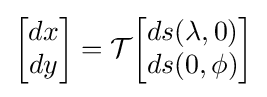
{\begin{bmatrix}dx\\dy\end{bmatrix}}={\mathcal {T}}{\begin{bmatrix}ds(\lambda ,0)\\ds(0,\phi )\end{bmatrix}}